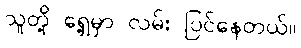
သူတို့ ရှေ့မှာ လမ်း ပြင်နေတယ်။